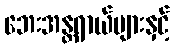
ဘေးအန္တရာယ်များနှင့်